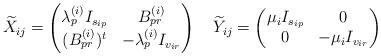
LaTeX: \begin{align*}\widetilde{X}_{ij}=\begin{pmatrix} \lambda_p^{(i)} I_{s_{ip}} & B_{pr}^{(i)}\\ (B_{pr}^{(i)})^{t} & - \lambda_p^{(i)} I_{v_{ir}}\end{pmatrix} \quad \widetilde{Y}_{ij}=\begin{pmatrix} \mu_i I_{s_{ip}} & 0 \\ 0 & -\mu_i I_{v_{ir}}\end{pmatrix} \end{align*}